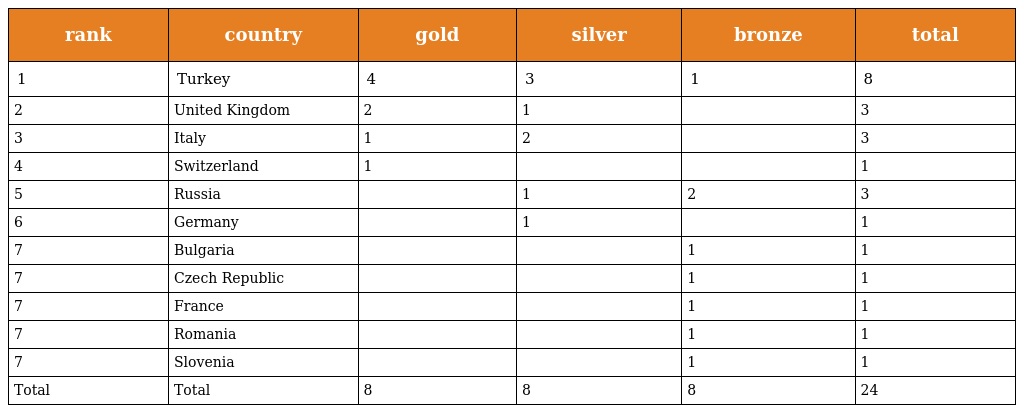
| rank | country | gold | silver | bronze | total |
 | --- | --- | --- | --- | --- | --- |
 | 1 | Turkey | 4 | 3 | 1 | 8 |
 | 2 | United Kingdom | 2 | 1 |  | 3 |
 | 3 | Italy | 1 | 2 |  | 3 |
 | 4 | Switzerland | 1 |  |  | 1 |
 | 5 | Russia |  | 1 | 2 | 3 |
 | 6 | Germany |  | 1 |  | 1 |
 | 7 | Bulgaria |  |  | 1 | 1 |
 | 7 | Czech Republic |  |  | 1 | 1 |
 | 7 | France |  |  | 1 | 1 |
 | 7 | Romania |  |  | 1 | 1 |
 | 7 | Slovenia |  |  | 1 | 1 |
 | Total | Total | 8 | 8 | 8 | 24 |